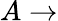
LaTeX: A\rightarrow